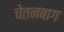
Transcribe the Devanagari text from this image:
चेतनबाग